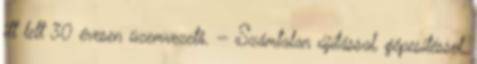
itt lett 30 évesen üzemvezetô. — Számtalan újítással, gépesítéssel,